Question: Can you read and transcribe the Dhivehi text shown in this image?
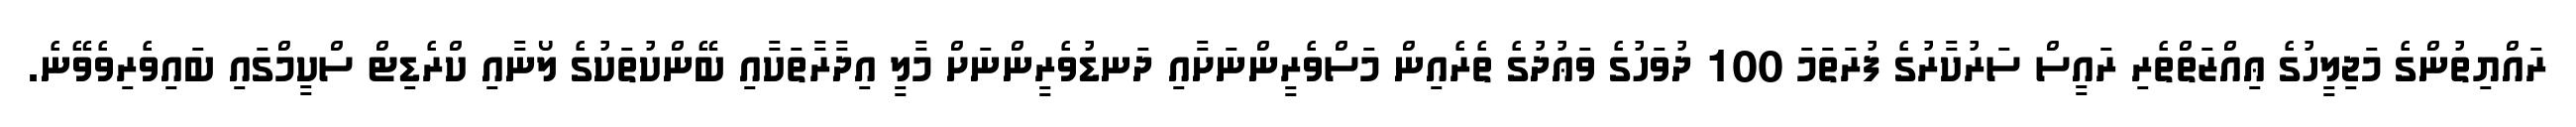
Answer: ރައްޔިތުންގެ މަޖިލީހުގެ ޢިއްޒަތްތެރި ރައީސް ސަރުކާރުގެ ފުރަތަމަ 100 ދުވަހުގެ ވަޢުދުގެ ތެރެއިން މަސްވެރީންނަށާއި ދަނޑުވެރީންނަށް މާލީ އިދާރާތަކާއި ބޭންކުތަކުގެ ލޯނާއި ކްރެޑިޓް ސްކީމްގައި ބައިވެރިވެވޭނެ.